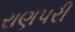
રાણપરી